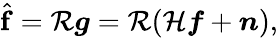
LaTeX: \begin{array}{r}{\hat{\boldsymbol{\mathrm{f}}}=\mathcal{R}\boldsymbol{g}=\mathcal{R}(\mathcal{H}\boldsymbol{f}+\boldsymbol{n}),}\end{array}